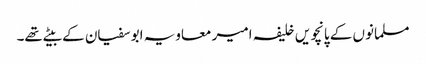
مسلمانوں کے پانچویں خلیفہ امیر معاویہ ابوسفیان کے بیٹے تھے۔